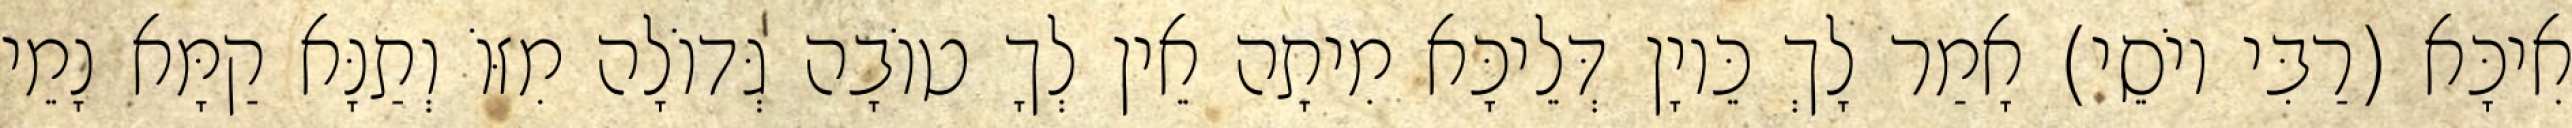
אִיכָּא (רַבִּי יוֹסֵי) אָמַר לָךְ כֵּיוָן דְּלֵיכָּא מִיתָה אֵין לְךָ טוֹבָה גְּדוֹלָה מִזּוֹ וְתַנָּא קַמָּא נָמֵי